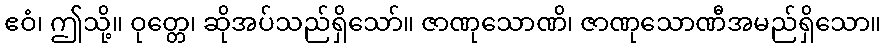
ဧဝံ၊ ဤသို့။ ဝုတ္တေ၊ ဆိုအပ်သည်ရှိသော်။ ဇာဏုသောဏိ၊ ဇာဏုသောဏီအမည်ရှိသော။